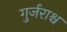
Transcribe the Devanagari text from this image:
गुर्जराश्च